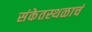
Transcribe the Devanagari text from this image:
संकेतस्थळाचं